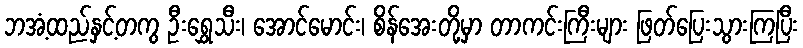
ဘအံ့ထည်နှင့်တကွ ဦးရွှေသီး၊ အောင်မောင်း၊ စိန်အေးတို့မှာ တာကင်းကြီးများ ဖြတ်ပြေးသွားကြပြီး